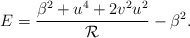
\begin{align*}E=\frac{\beta^2+u^4+2v^2u^2}{ \mathcal{R}}-\beta^2.\end{align*}